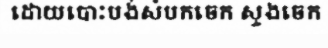
ដោយបោះបង់សំបកចេក ស្ទងចេក